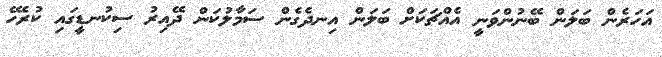
އަހަރެން ބަލަން ބޭނުންވަނީ އެއްޗަކަށް ބަލަން އިނދެގެން ސަމާލުކަން ދޭއިރު ސިކުނޑީގައި ކުރެހޭ